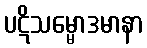
ပဋိသမ္မောဒမာနာ